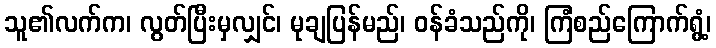
သူ၏လက်က၊ လွတ်ပြီးမှလျှင်၊ မုချပြန်မည်၊ ဝန်ခံသည်ကို၊ ကြံစည်ကြောက်ရွံ့၊